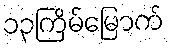
၁၃ကြိမ်မြောက်